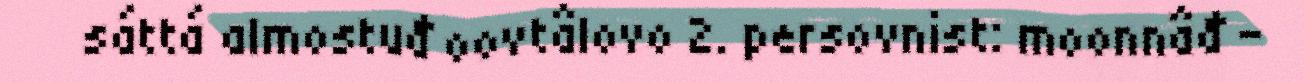
sáttá almostuđ oovtâlovo 2. persovnist: moonnâđ –